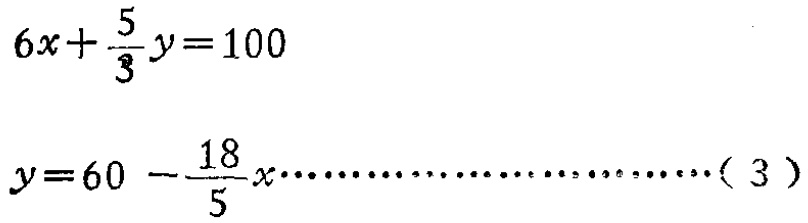
\[

6x+\frac{5}{3}y = 100

\]

\[

y = 60-\frac{18}{5}x\cdots\cdots\cdots\cdots\cdots\cdots\cdots(3)

\]